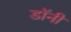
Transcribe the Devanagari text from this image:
डाॅनी